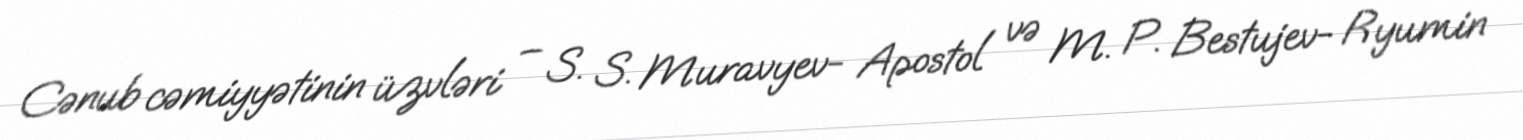
Cənub cəmiyyətinin üzvləri – S. S. Muravyev- Apostol və M. P. Bestujev- Ryumin